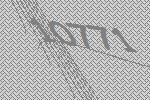
10771